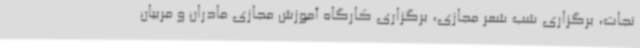
نجات، برگزاری شب شعر مجازی، برگزاری کارگاه آموزش مجازی مادران و مربیان